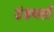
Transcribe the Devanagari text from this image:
दंडधर्ता